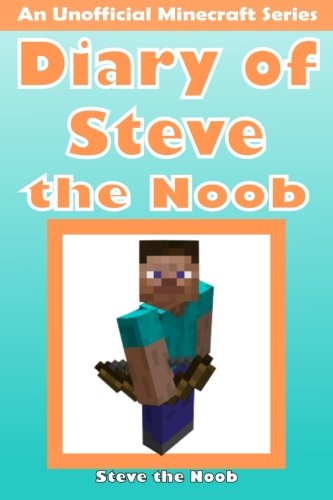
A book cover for Diary of Steve the Noob: An Unofficial Minecraft Series (Minecraft Noob Steve Diary Collection) (Volume 1); Steve the Noob; Humor & Entertainment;